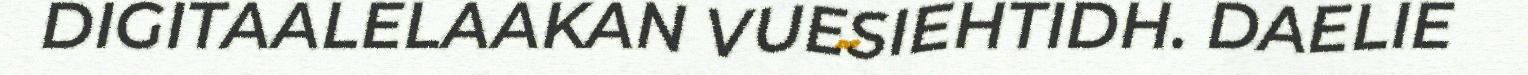
DIGITAALELAAKAN VUESIEHTIDH. DAELIE